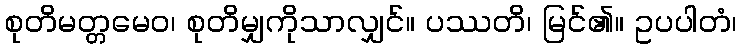
စုတိမတ္တမေဝ၊ စုတိမျှကိုသာလျှင်။ ပဿတိ၊ မြင်၏။ ဥပပါတံ၊